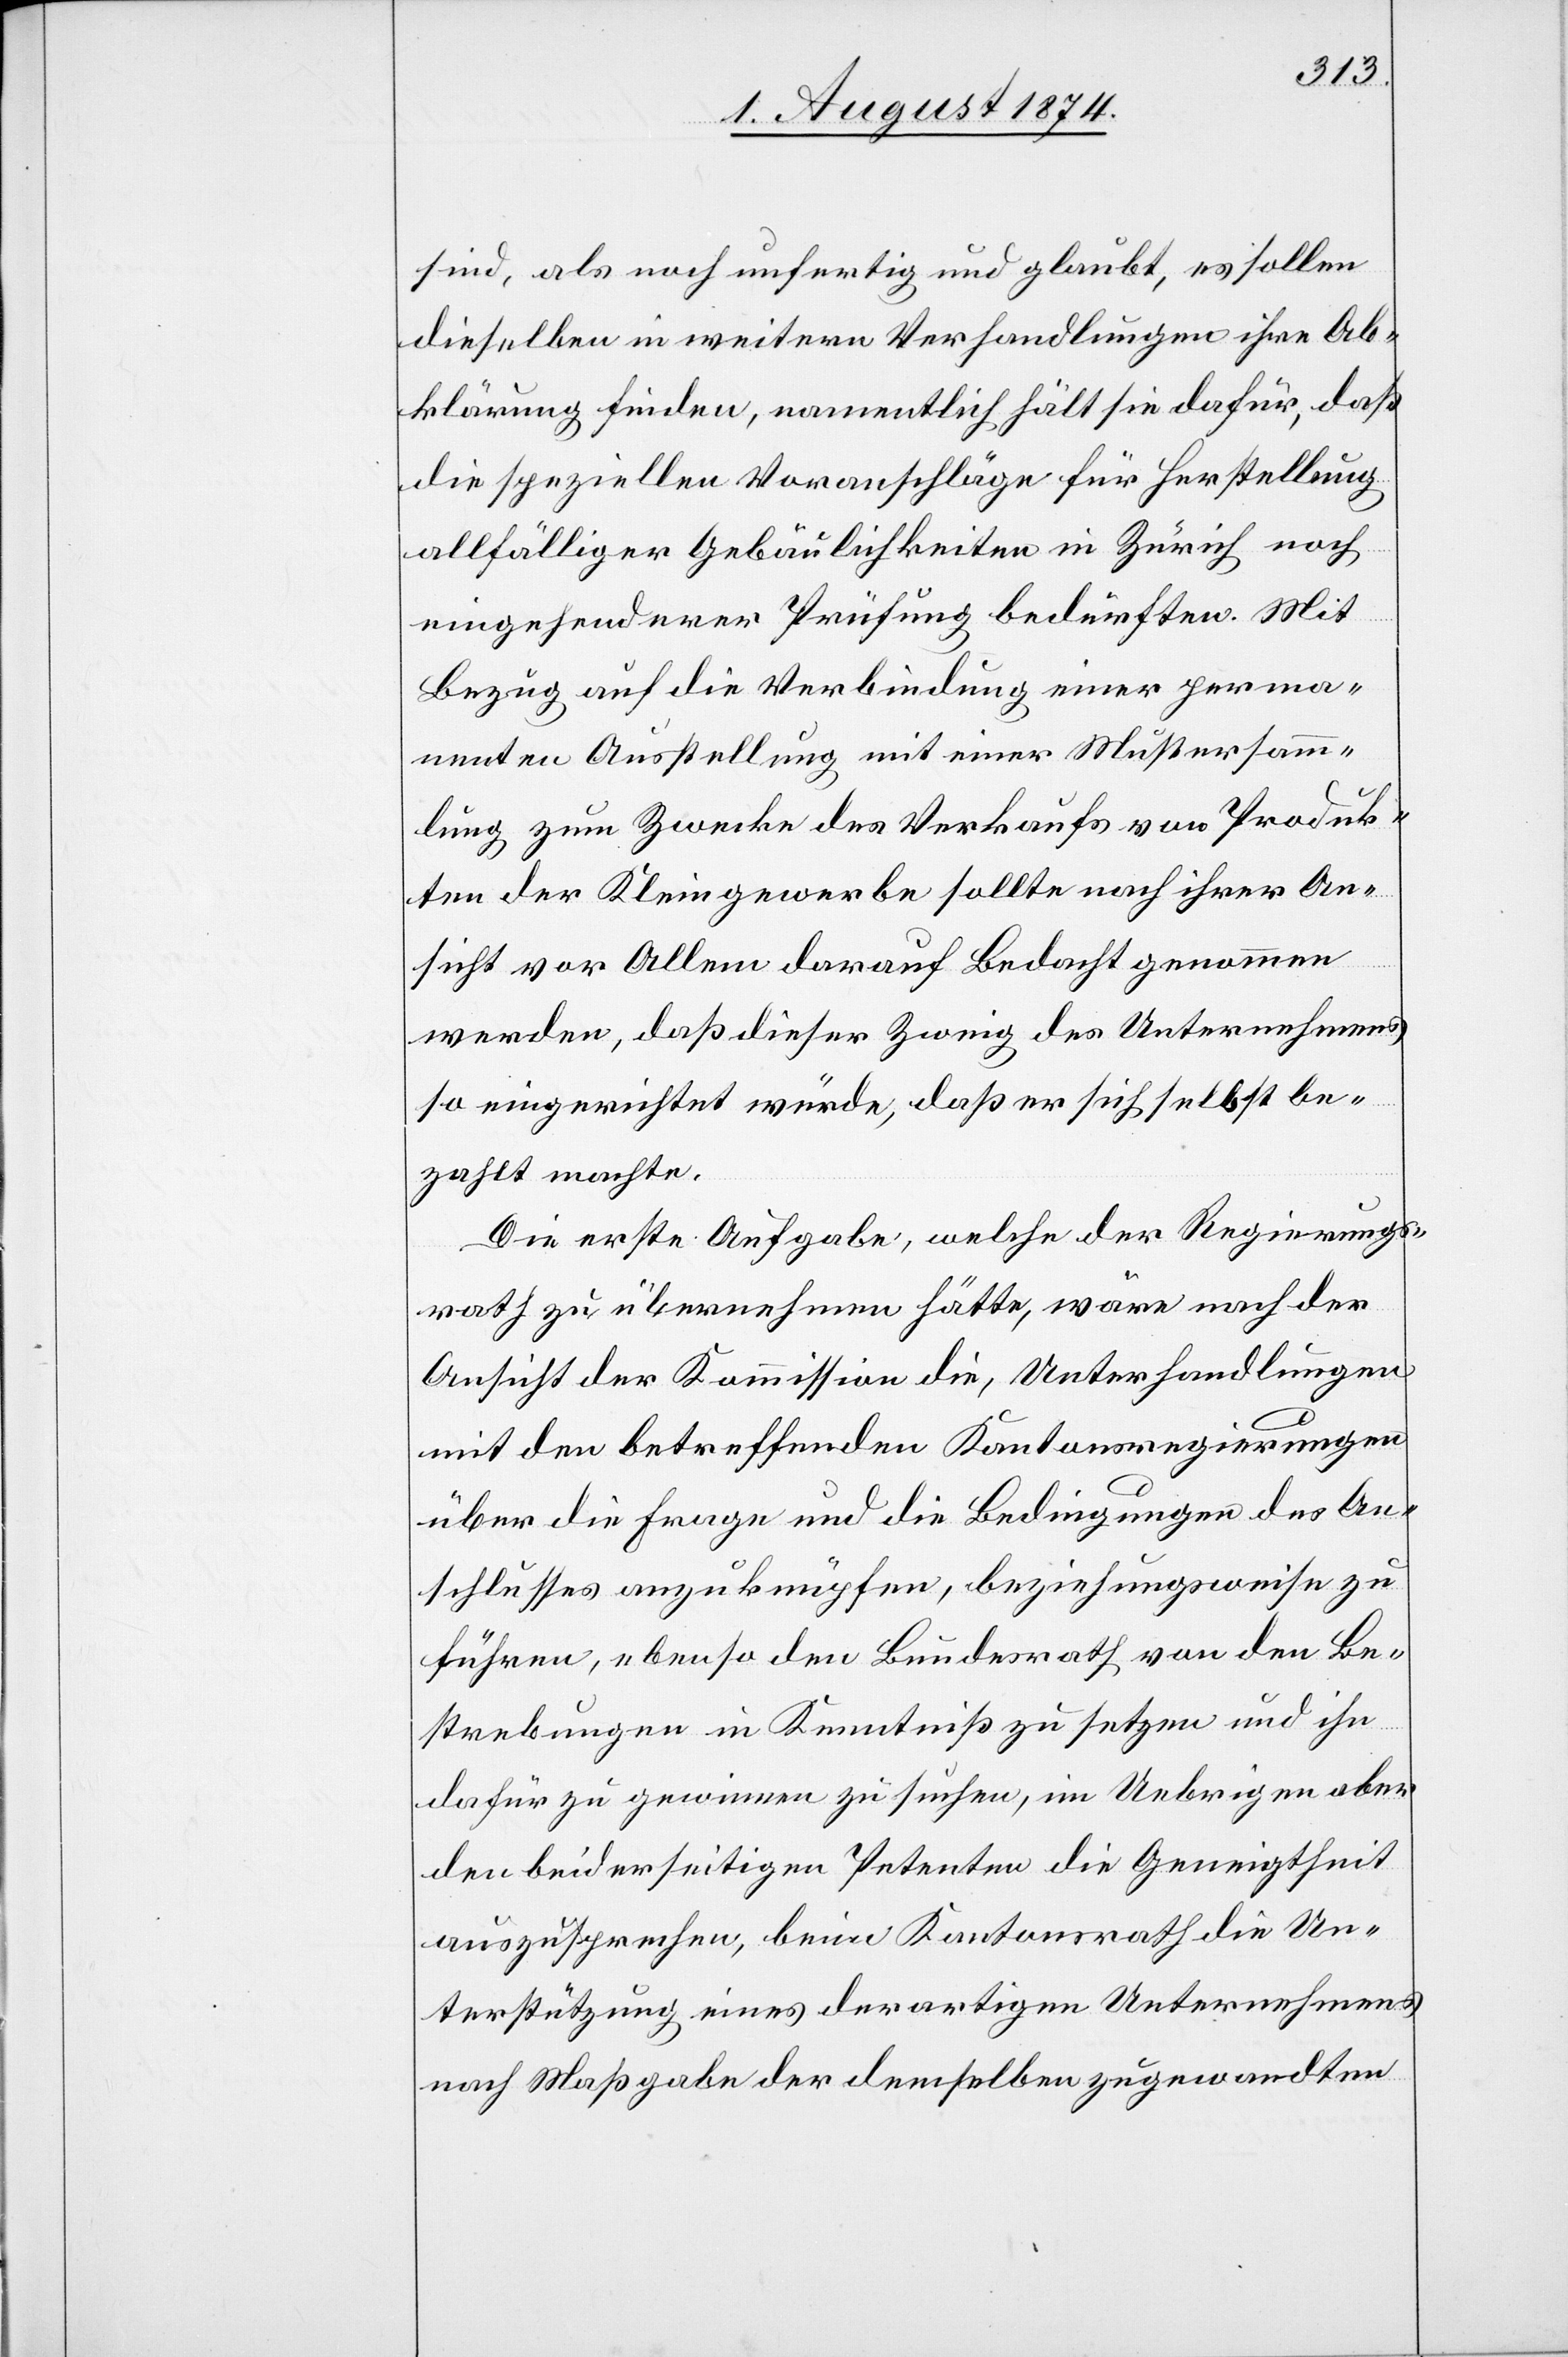
sind, als noch unfertig und glaubt, es sollen
dieselben in weitern Verhandlungen ihre Ab¬
klärung finden, namentlich hält sie dafür, daß
die speziellen Voranschläge für Herstellung
allfälliger Gebäulichkeiten in Zürich noch
eingehenderer Prüfung bedüften. Mit
Bezug auf die Verbindung einer perma¬
nenten Ausstellung mit einer Mustersamm¬
lung zum Zwecke des Verkaufs von Produk¬
ten der Kleingewerbe sollte nach ihrer An¬
sicht vor Allem darauf Bedacht genommen
werden, daß dieser Zweig des Unternehmens
so eingerichtet würde, daß er sich selbst be¬
zahlt machte.
Die erste Aufgabe, welche der Regierungs¬
rath zu übernehmen hätte, wäre nach der
Ansicht der Kommission die, Unterhandlungen
mit den betreffenden Kantonsregierungen
über die Frage und die Bedingungen des An¬
schlusses anzuknüpfen, beziehungsweise zu
führen, ebenso den Bundesrath von den Be¬
strebungen in Kenntniß zu setzen und ihn
dafür zu gewinnen zu suchen, im Uebrigen aber
den beiderseitigen Petenten die Geneigtheit
auszusprechen, beim Kantonsrath die Un¬
terstützung eines derartigen Unternehmens
nach Maßgabe der demselben zugewandten